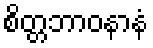
စိတ္တဘာဝနာနံ